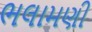
ભલામણી